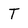
Character: T